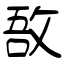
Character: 敔